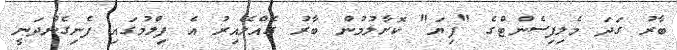
ބާރު ގަދަ މެލިފިސެންޓްގެ "ފިޔަ" ކޮށާލުމުން ބާރު ގެއްލޭއިރު އެ ފިލްމުގައި ފެނިގެންދަނީ